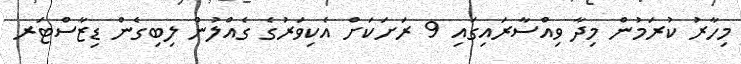
މިހާރު ކުރަމުން މިދާ ވިއްސާރައިގައި 9 ރަށަކަށް އެކިވަރުގެ ގެއްލުން ލިބިގެން ޑިޒާސްޓަރ